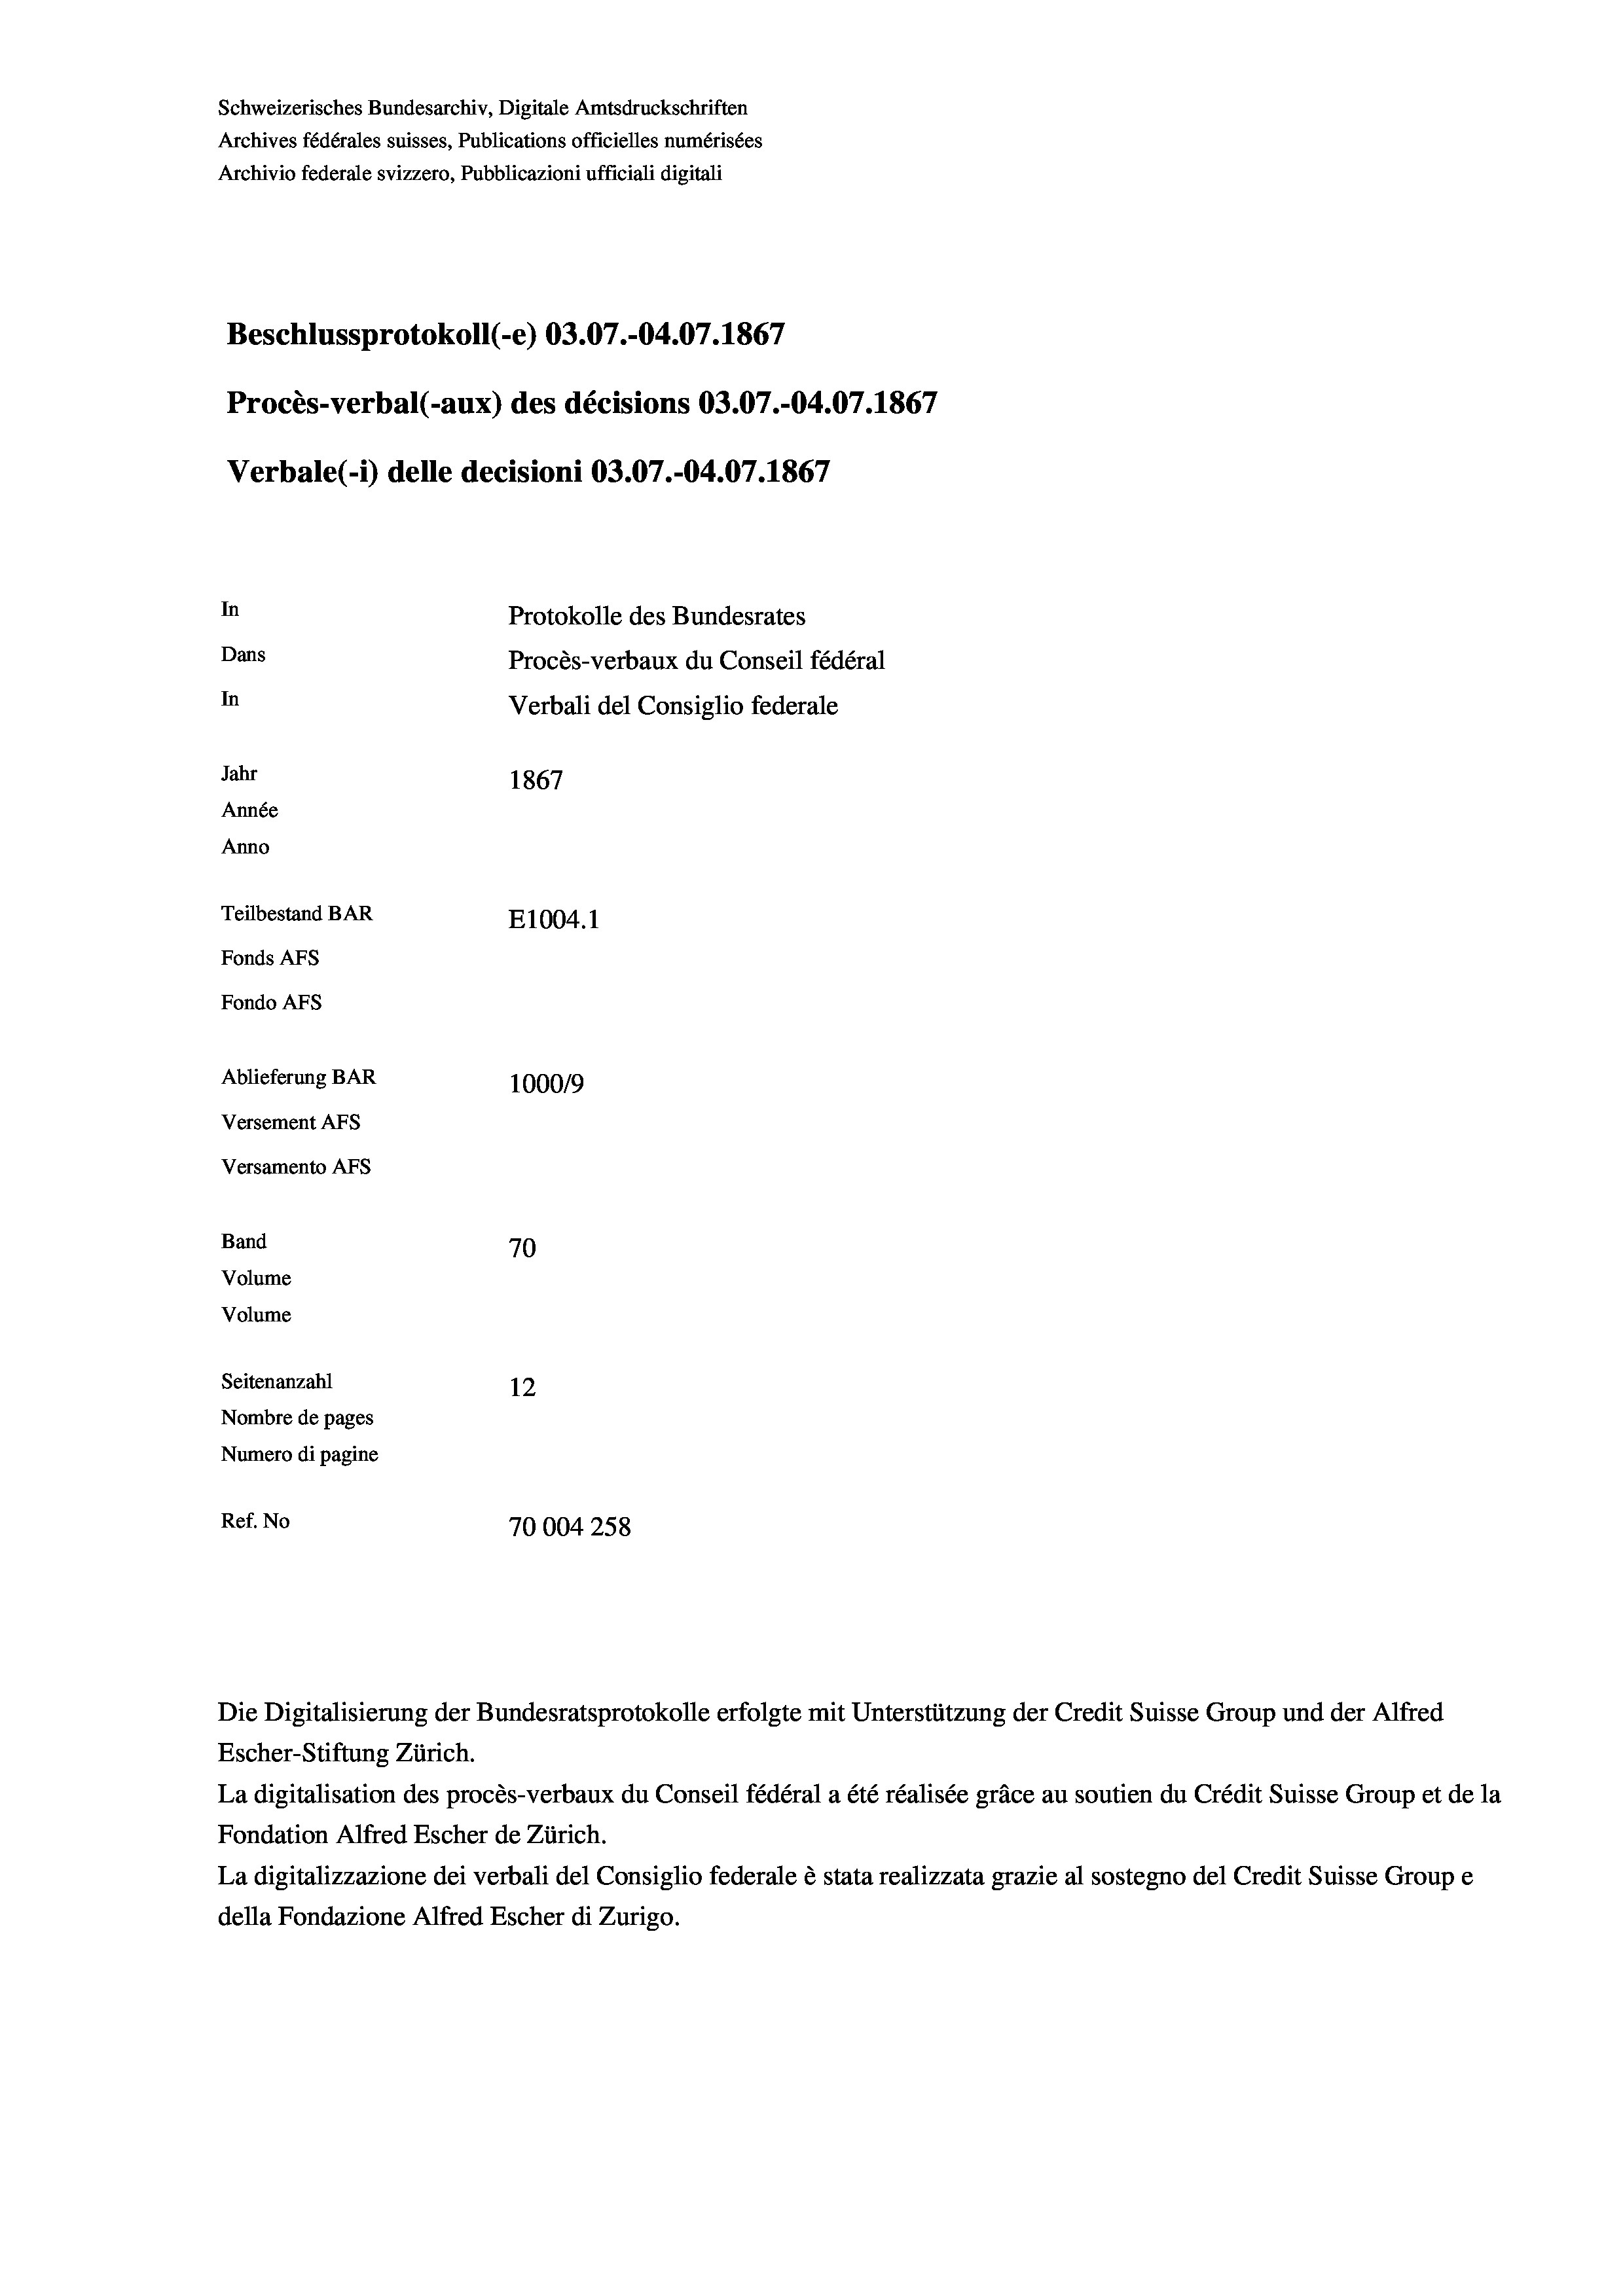
Schweizerisches Bundesarchiv, Digitale Amtsdruckschriften
Archives fédérales suisses, Publications officielles numérisées
Archivio federale svizzero, Pubblicazioni ufficiali digitali
Beschlussprotokoll (-e) 03.07.-04.07. 1867
Procès-verbal (-aux) des décisions 03.07.-04.07. 1867
Verbale (- 1) delle decisioni 03.07.-04.07. 1867
In
Protokolle des Bundesrates
Dans
Procès-verbaux du Conseil fédéral
In
Verbali del Consiglio federale
Jahr
1867
Année
Anno
Teilbestand BAR
E1004.1
Fonds AFs
Fondo AFS
Ablieferung BAR
100019
Versement AFs
Versamento AFs

Band
Volume

Volume

70
Seitenanzahl
12
Nombre de pages
Numero di pagine
Ref. No
70004258

Escher-Stiftung Zürich.
La digitalisation des procès-verbaux du Conseil fédéral a été réalisée gräce au soutien du Crédit Suisse Group et de la
Fondation Alfred Escher de Zürich.
La digitalizzazione dei verbali del Consiglio federale è stata realizzata grazie al sostegno del Credit Suisse Groupe
della Fondazione Alfred Escher di Zurigo.

Die Digitalisierung der Bundesratsprotokolle erfolgte mit Unterstützung der Credit Suisse Group und der Alfred